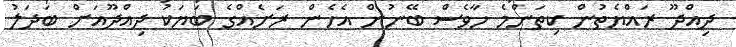
ދިއްދޫ ރައްޔެތުން ކިތަންމެ ހާވެސް ބޭނުން އެހެން ރަށެއްގެ ބަޔަކު ދިއްދޫއަށް ބަދަލު